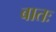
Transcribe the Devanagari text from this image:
बातः